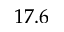
1 7 . 6